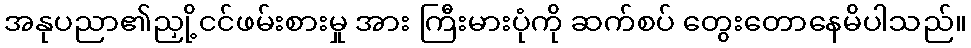
အနုပညာ၏ညှို့ငင်ဖမ်းစားမှု အား ကြီးမားပုံကို ဆက်စပ် တွေးတောနေမိပါသည်။